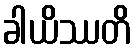
ခါယိဿတိ